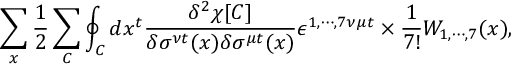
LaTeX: \sum _ { x } \frac { 1 } { 2 } \sum _ { C } \oint _ { C } d x ^ { t } \frac { \delta ^ { 2 } \chi [ C ] } { \delta \sigma ^ { \nu t } ( x ) \delta \sigma ^ { \mu t } ( x ) } \epsilon ^ { 1 , \cdots , 7 \nu \mu t } \times \frac { 1 } { 7 ! } W _ { 1 , \cdots , 7 } ( x ) ,